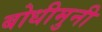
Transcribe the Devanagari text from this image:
बोधीमुनी